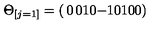
\Theta _ { [ j = 1 ] } = \left( \begin{matrix} { 0 } & { 0 } & { 1 } \\ { 0 } & { - 1 } & { 0 } \\ { 1 } & { 0 } & { 0 } \\ \end{matrix} \right)